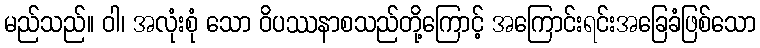
မည်သည်။ ဝါ၊ အလုံးစုံ သော ဝိပဿနာစသည်တို့ကြောင့် အကြောင်းရင်းအခြေခံဖြစ်သော